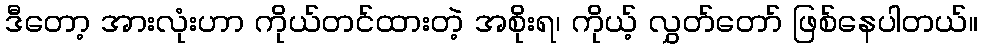
ဒီတော့ အားလုံးဟာ ကိုယ်တင်ထားတဲ့ အစိုးရ၊ ကိုယ့် လွှတ်တော် ဖြစ်နေပါတယ်။